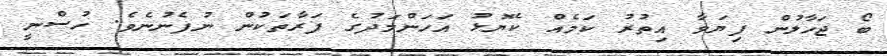
ބޯ ޖަހާލުން ފިޔަވާ އިތުރު ކަމެއް ކެޔޮޅު އަހަންމަދުގެ ފަރާތަކުން ނުފެނުނެވެ. ހުސްނީ